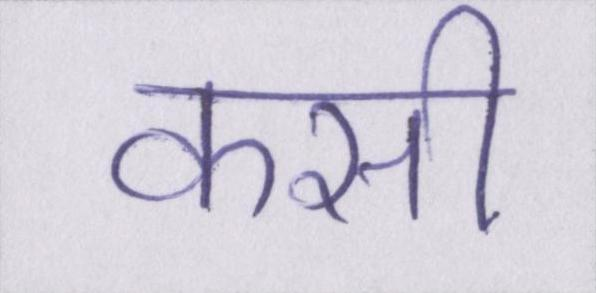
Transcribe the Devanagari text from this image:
कसी